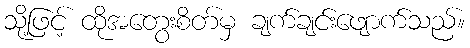
သို့ဖြင့် ထိုအတွေးစိတ်မှ ချက်ချင်းဖျောက်သည်။